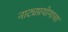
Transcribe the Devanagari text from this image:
नाट्यप्रयोगाचा